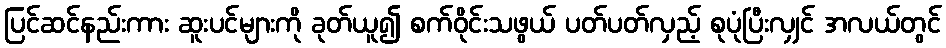
ပြင်ဆင်နည်းကား ဆူးပင်များကို ခုတ်ယူ၍ စက်ဝိုင်းသဖွယ် ပတ်ပတ်လှည့် စုပုံပြီးလျှင် အလယ်တွင်